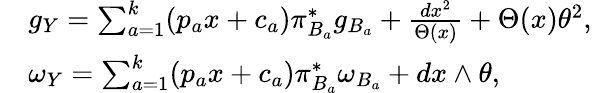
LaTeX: \begin{array}{rl}&{g_{Y}=\sum_{a=1}^{k}(p_{a}x+c_{a})\pi_{B_{a}}^{*}g_{B_{a}}+\frac{dx^{2}}{\Theta(x)}+\Theta(x)\theta^{2},}\\ &{\omega_{Y}=\sum_{a=1}^{k}(p_{a}x+c_{a})\pi_{B_{a}}^{*}\omega_{B_{a}}+dx\wedge\theta,}\end{array}